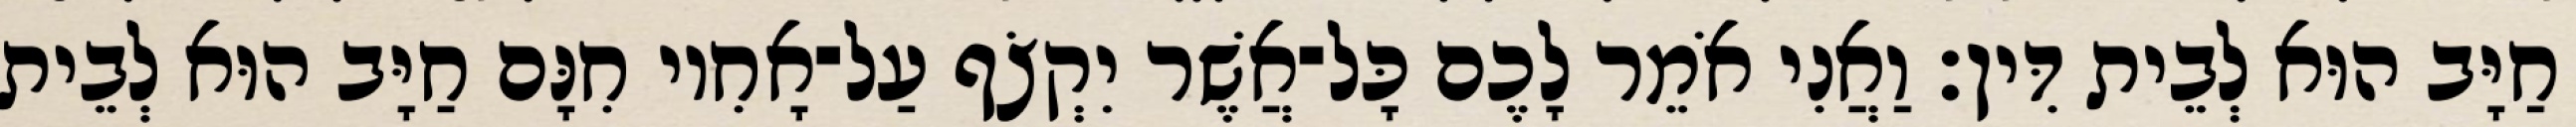
חַיָּב הוּא לְבֵית דִּין׃ וַאֲנִי אֹמֵר לָכֶם כָּל־אֲשֶׁר יִקְצֹף עַל־אָחִיו חִנָּם חַיָּב הוּא לְבֵית